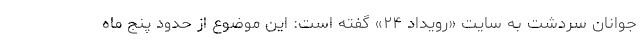
جوانان سردشت به سایت «رویداد ۲۴» گفته است: این موضوع از حدود پنج ماه